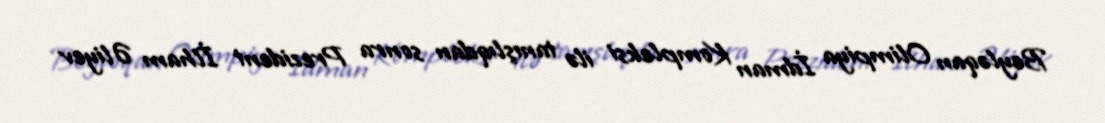
Beyləqan Olimpiya İdman Kompleksi ilə tanışlıqdan sonra Prezident İlham Əliyev